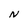
Character: N